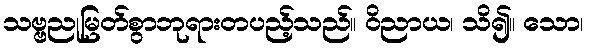
သဗ္ဗညုမြတ်စွာဘုရားတပည့်သည်။ ဝိညာယ၊ သိ၍။ သော၊